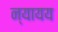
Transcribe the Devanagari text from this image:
न्यायय